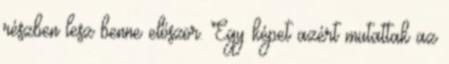
részben lesz benne először. Egy képet azért mutattak az